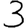
Digit: 3